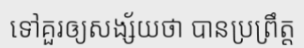
ទៅគួរឲ្យសង្ស័យថា បានប្រព្រឹត្ត